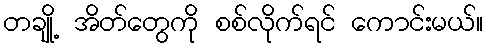
တချို့ အိတ်တွေကို စစ်လိုက်ရင် ကောင်းမယ်။